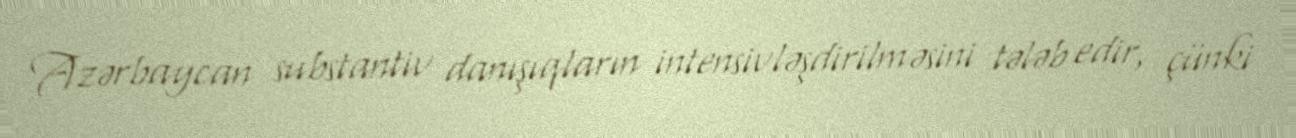
Azərbaycan substantiv danışıqların intensivləşdirilməsini tələb edir, çünki